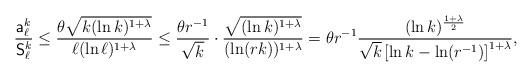
LaTeX: \begin{align*}\frac{\mathsf{a}_\ell^k}{\mathsf{S}_\ell^k}\le\frac{\theta\sqrt{k(\ln k)^{1+\lambda}}}{\ell(\ln\ell)^{1+\lambda}}\le\frac{\theta r^{-1}}{\sqrt{k}}\cdot\frac{\sqrt{(\ln k)^{1+\lambda}}}{(\ln(rk))^{1+\lambda}}=\theta r^{-1}\frac{(\ln k)^{\frac{1+\lambda}{2}}}{\sqrt{k}\left[\ln k -\ln(r^{-1})\right]^{1+\lambda}},\end{align*}